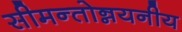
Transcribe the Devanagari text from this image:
सीमन्तोन्नयनीय